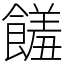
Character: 饈